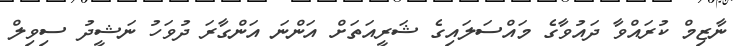
ނާޒިމް ކުރައްވާ ދައުވާގެ މައްސަލައިގެ ޝަރީއަތަށް އަންނަ އަންގާރަ ދުވަހު ނަޝީދު ސިވިލް